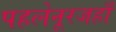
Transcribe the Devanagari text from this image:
पहलेनूरजहाँ